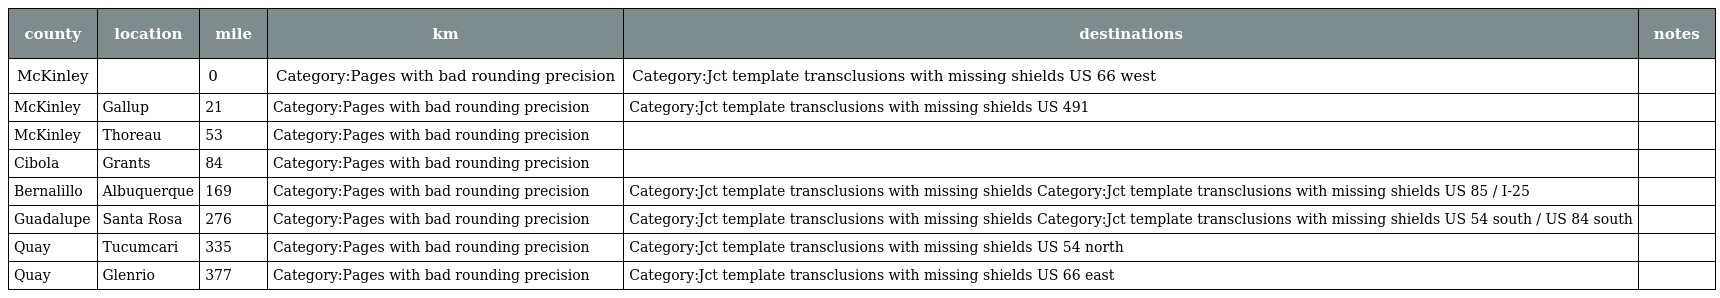
| county | location | mile | km | destinations | notes |
 | --- | --- | --- | --- | --- | --- |
 | McKinley |  | 0 | Category:Pages with bad rounding precision | Category:Jct template transclusions with missing shields US 66 west |  |
 | McKinley | Gallup | 21 | Category:Pages with bad rounding precision | Category:Jct template transclusions with missing shields US 491 |  |
 | McKinley | Thoreau | 53 | Category:Pages with bad rounding precision |  |  |
 | Cibola | Grants | 84 | Category:Pages with bad rounding precision |  |  |
 | Bernalillo | Albuquerque | 169 | Category:Pages with bad rounding precision | Category:Jct template transclusions with missing shields Category:Jct template transclusions with missing shields US 85 / I-25 |  |
 | Guadalupe | Santa Rosa | 276 | Category:Pages with bad rounding precision | Category:Jct template transclusions with missing shields Category:Jct template transclusions with missing shields US 54 south / US 84 south |  |
 | Quay | Tucumcari | 335 | Category:Pages with bad rounding precision | Category:Jct template transclusions with missing shields US 54 north |  |
 | Quay | Glenrio | 377 | Category:Pages with bad rounding precision | Category:Jct template transclusions with missing shields US 66 east |  |